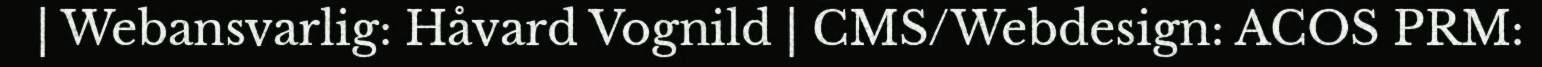
| Webansvarlig: Håvard Vognild | CMS/Webdesign: ACOS PRM: